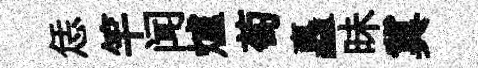
恁竿闻爐萄矗昧冀